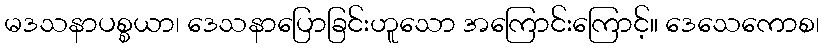
မဒသနာပစ္စယာ၊ ဒေသနာပြောခြင်းဟူသော အကြောင်းကြောင့်။ ဒေသေကောစ၊